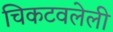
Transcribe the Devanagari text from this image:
चिकटवलेली